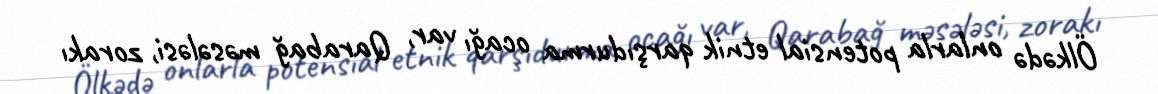
Ölkədə onlarla potensial etnik qarşıdurma ocağı var, Qarabağ məsələsi, zorakı